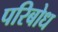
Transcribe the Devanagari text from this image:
परिबोध